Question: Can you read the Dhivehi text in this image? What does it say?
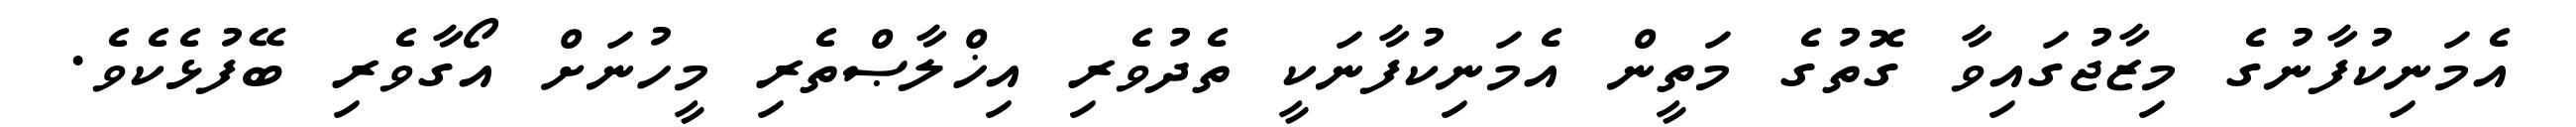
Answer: އެމަނިކުފާނުގެ މިޒާޖުގައިވާ ގޮތުގެ މަތީން އެމަނިކުފާނަކީ ތެދުވެރި އިޚްލާޞްތެރި މީހުނަށް އޯގާވެރި ބޭފުޅެކެވެ.